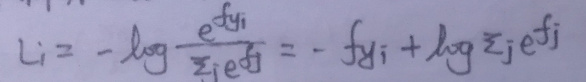
\[
L_i = -\log\frac{e^{fy_i}}{\sum_{j}e^{fj}}=-fy_i + \log\sum_{j}e^{fj}
\]